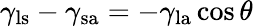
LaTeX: \gamma_{\mathrm{ls}}-\gamma_{\mathrm{sa}}=-\gamma_{\mathrm{la}}\cos\theta